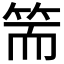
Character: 𥬵